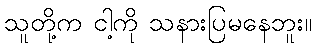
သူတို့က ငါ့ကို သနားပြမနေဘူး။